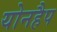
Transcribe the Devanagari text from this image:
योनहैप